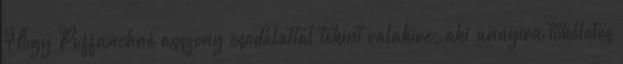
Hogy Puffanchné asszony csodálattal tekint valakire, aki annyira tökéletes